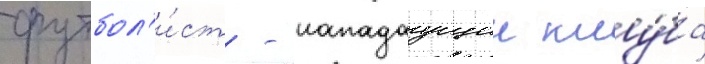
футбол'и́ст - нападаущии клу́ба